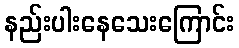
နည်းပါးနေသေးကြောင်း